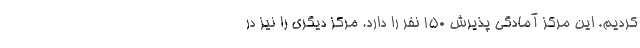
کردیم. این مرکز آمادگی پذیرش ۱۵۰ نفر را دارد. مرکز دیگری را نیز در